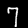
Label: 7